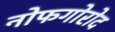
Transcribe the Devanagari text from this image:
नोफगोरोद